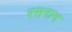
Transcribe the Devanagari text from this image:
रसगान